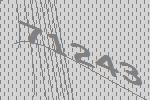
71243